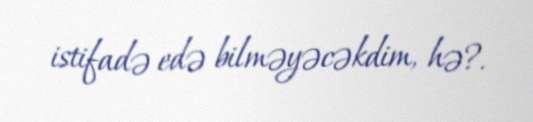
istifadə edə bilməyəcəkdim, hə?.